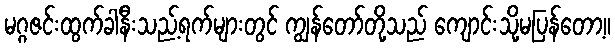
မဂ္ဂဇင်းထွက်ခါနီးသည့်ရက်များတွင် ကျွန်တော်တို့သည် ကျောင်းသို့မပြန်တော့။